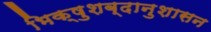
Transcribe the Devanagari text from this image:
भिक्षुशब्दानुशासन